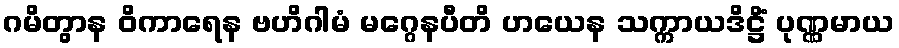
ဂမိတွာန ဝိကာရေန ဗဟိဂါမံ မဂ္ဂေနပီတိ ဟယေန သက္ကာယဒိဋ္ဌိံ ပုဏ္ဏမာယ